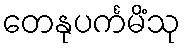
တေနုပင်္ကမိံသု